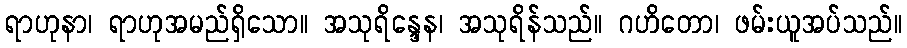
ရာဟုနာ၊ ရာဟုအမည်ရှိသော။ အသုရိန္ဒေန၊ အသုရိန်သည်။ ဂဟိတော၊ ဖမ်းယူအပ်သည်။